Calcutta medical institutions reports 1879-81 [i.e.91]
Year: 1879
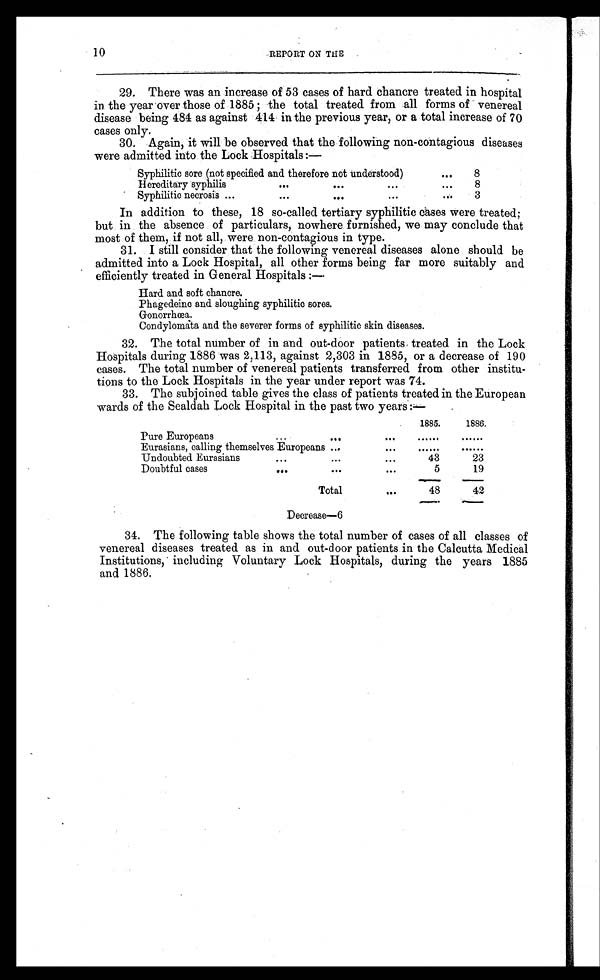
10
REPORT ON THE
29. There was an increase of 53 cases of hard chancre treated in hospital
in the year over those of 1885 ; the total treated from all forms of venereal
disease being 484 as against 414 in the previous year, or a total increase of 70
cases only.
30. Again, it will be observed that the following non-contagious diseases
were admitted into the Lock Hospitals :—
Syphilitic sore (not specified and therefore not understood)
...
8
Hereditary syphilis
...
...
...
...
8
Syphilitic necrosis ...
...
...
...
...
3
In addition to these, 18 so-called tertiary syphilitic cases were treated;
but in the absence of particulars, nowhere furnished, we may conclude that
most of them, if not all, were non-contagious in type.
31. I still consider that the following venereal diseases alone should be
admitted into a Lock Hospital, all other forms being far more suitably and
efficiently treated in General Hospitals :—
Hard and soft chancre.
Phagedeinc and sloughing syphilitic sores.
Gonorrhœa.
Condylomata and the severer forms of syphilitic skin diseases.
32. The total number of in and out-door patients treated in the Lock
Hospitals during 1886 was 2,113, against 2,303 in 1885, or a decrease of 190
cases. The total number of venereal patients transferred from other institu
-tions to the Lock Hospitals in the year under report was 74.
33. The subjoined table gives the class of patients treated in the European
wards of the Sealdah Lock Hospital in the past two years :—
1885.
1886.
Pure Europeans
...
...
... ......
......
Eurasians, calling themselves Europeans ...
... ......
......
Undoubted Eurasians
...
...
...
43
23
Doubtful cases
...
...
...
5
19
Total
...
48
42
Decrease—6
34. The following table shows the total number of cases of all classes of
venereal diseases treated as in and out-door patients in the Calcutta Medical
Institutions, including Voluntary Lock Hospitals, during the years 1885
and 1886.